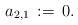
LaTeX: \begin{align*}a_{2,1}\,:=\,0.\end{align*}